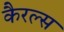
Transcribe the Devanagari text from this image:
कैरल्स